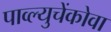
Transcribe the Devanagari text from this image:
पाव्ल्युचेंकोवा